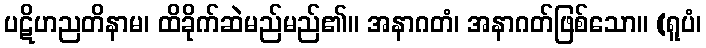
ပဋိဟညတိနာမ၊ ထိခိုက်ဆဲမည်မည်၏။ အနာဂတံ၊ အနာဂတ်ဖြစ်သော။ (ရူပံ၊